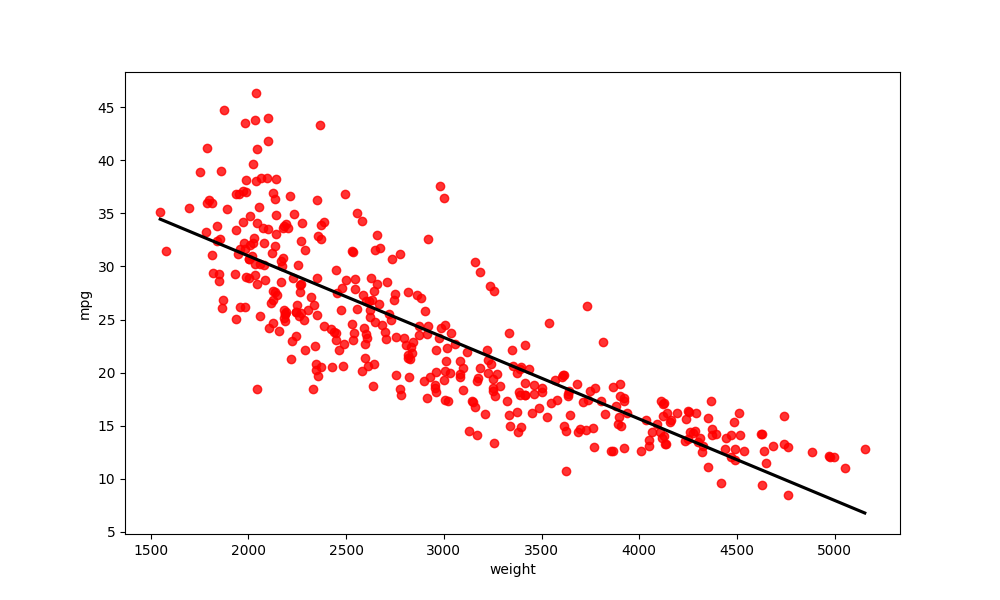
python, seaborn, regplot, order=1, ci=None, scatter_color=red, line_color=black